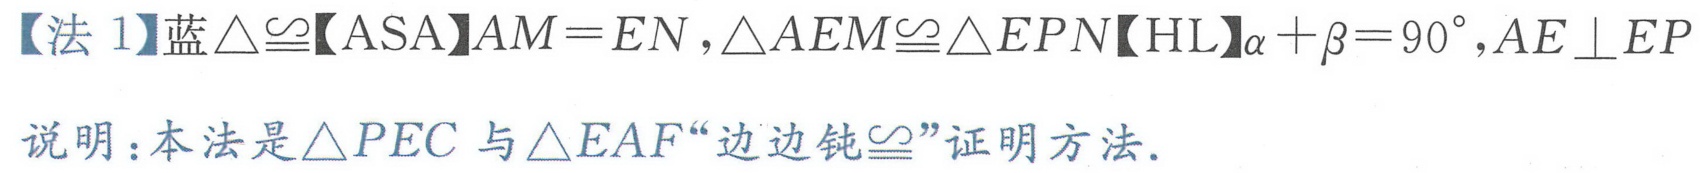
【法 1】蓝\(\triangle\cong\)【ASA】\(AM = EN\)，\(\triangle AEM\cong\triangle EPN\)【HL】\(\alpha+\beta = 90^{\circ}\)，\(AE\perp EP\)
说明：本法是\(\triangle PEC\)与\(\triangle EAF\)“边边钝\(\cong\)”证明方法.